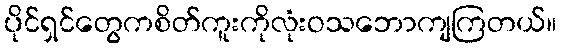
ပိုင်ရှင်တွေကစိတ်ကူးကိုလုံးဝသဘောကျကြတယ်။